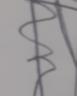
Signature authenticity: forged